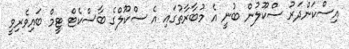
އިސްކަންދަރު ސްކޫލުން ބުނީ އެ މުބާރާތުގައި އެ ސްކޫލްގެ ބާސްކެޓް ޓީމް ބައިވެރިވީ